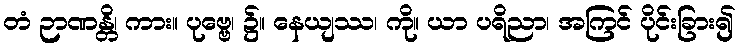
တံ ဉာဏန္တိ၊ ကား။ ပုဗ္ဗေ၊ ၌။ နေယျဿ၊ ကို။ ယာ ပရိညာ၊ အကြင် ပိုင်းခြား၍